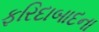
ફરિદાબાદના